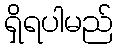
ရှိရပါမည်